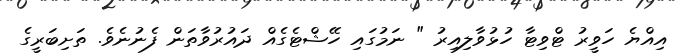
އިއްޔެ ހަވީރު ޓްވިޓާ ހުޅުވާލިއިރު " ނަމުގައި ހޭޝްޓެގެއް ދައުރުވާތަން ފެނުނެވެ. ތަށިބަރީގެ